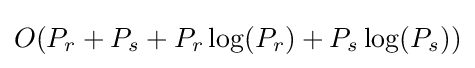
O(P_{r}+P_{s}+P_{r}\log(P_{r})+P_{s}\log(P_{s}))